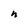
Character: n